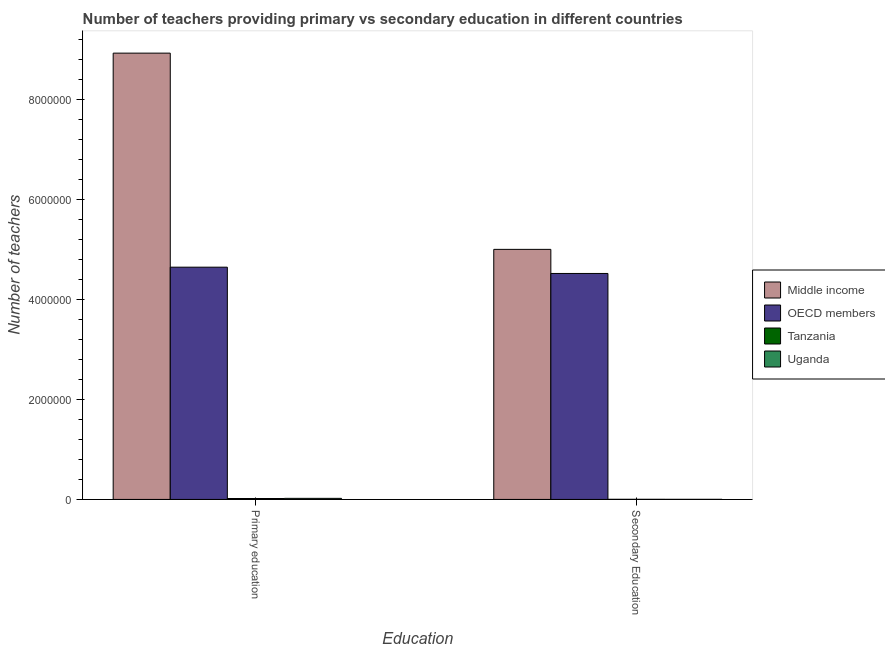
| Education | Middle income | OECD members | Tanzania | Uganda |
 | --- | --- | --- | --- | --- |
 | Primary education | 8.93e+06 | 4.65e+06 | 1.83e+04 | 2.15e+04 |
 | Secondary Education | 5e+06 | 4.52e+06 | 2.45e+03 | 1.82e+03 |